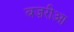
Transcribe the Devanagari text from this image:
बज़रीआ